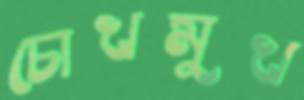
চোখমুখ